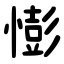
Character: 憉